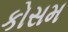
કોસમ